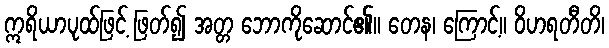
ဣရိယာပုထ်ဖြင့် ဖြတ်၍ အတ္တ ဘောကိုဆောင်၏။ တေန၊ ကြောင့်။ ဝိဟရတီတိ၊